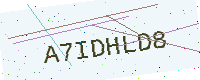
Text: A7IDHLD8